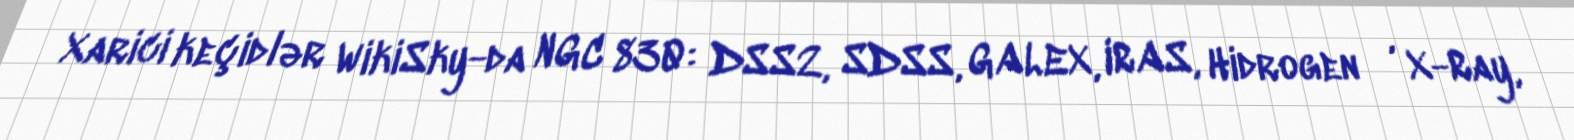
Xarici keçidlər WikiSky-da NGC 830: DSS2, SDSS, GALEX, IRAS, Hidrogen α, X-Ray,